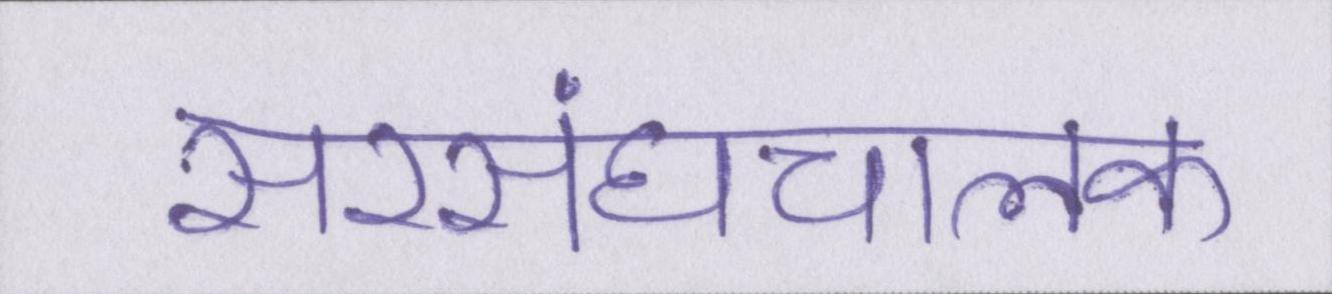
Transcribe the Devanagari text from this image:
सरसंघचालक